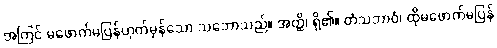
အကြင် မဖောက်မပြန်ဟုတ်မှန်သော သဘောသည်။ အတ္ထိ၊ ရှိ၏။ တံသဘာဝံ၊ ထိုမဖောက်မပြန်